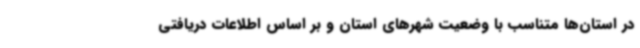
در استان‌ها متناسب با وضعیت شهرهای استان و بر اساس اطلاعات دریافتی